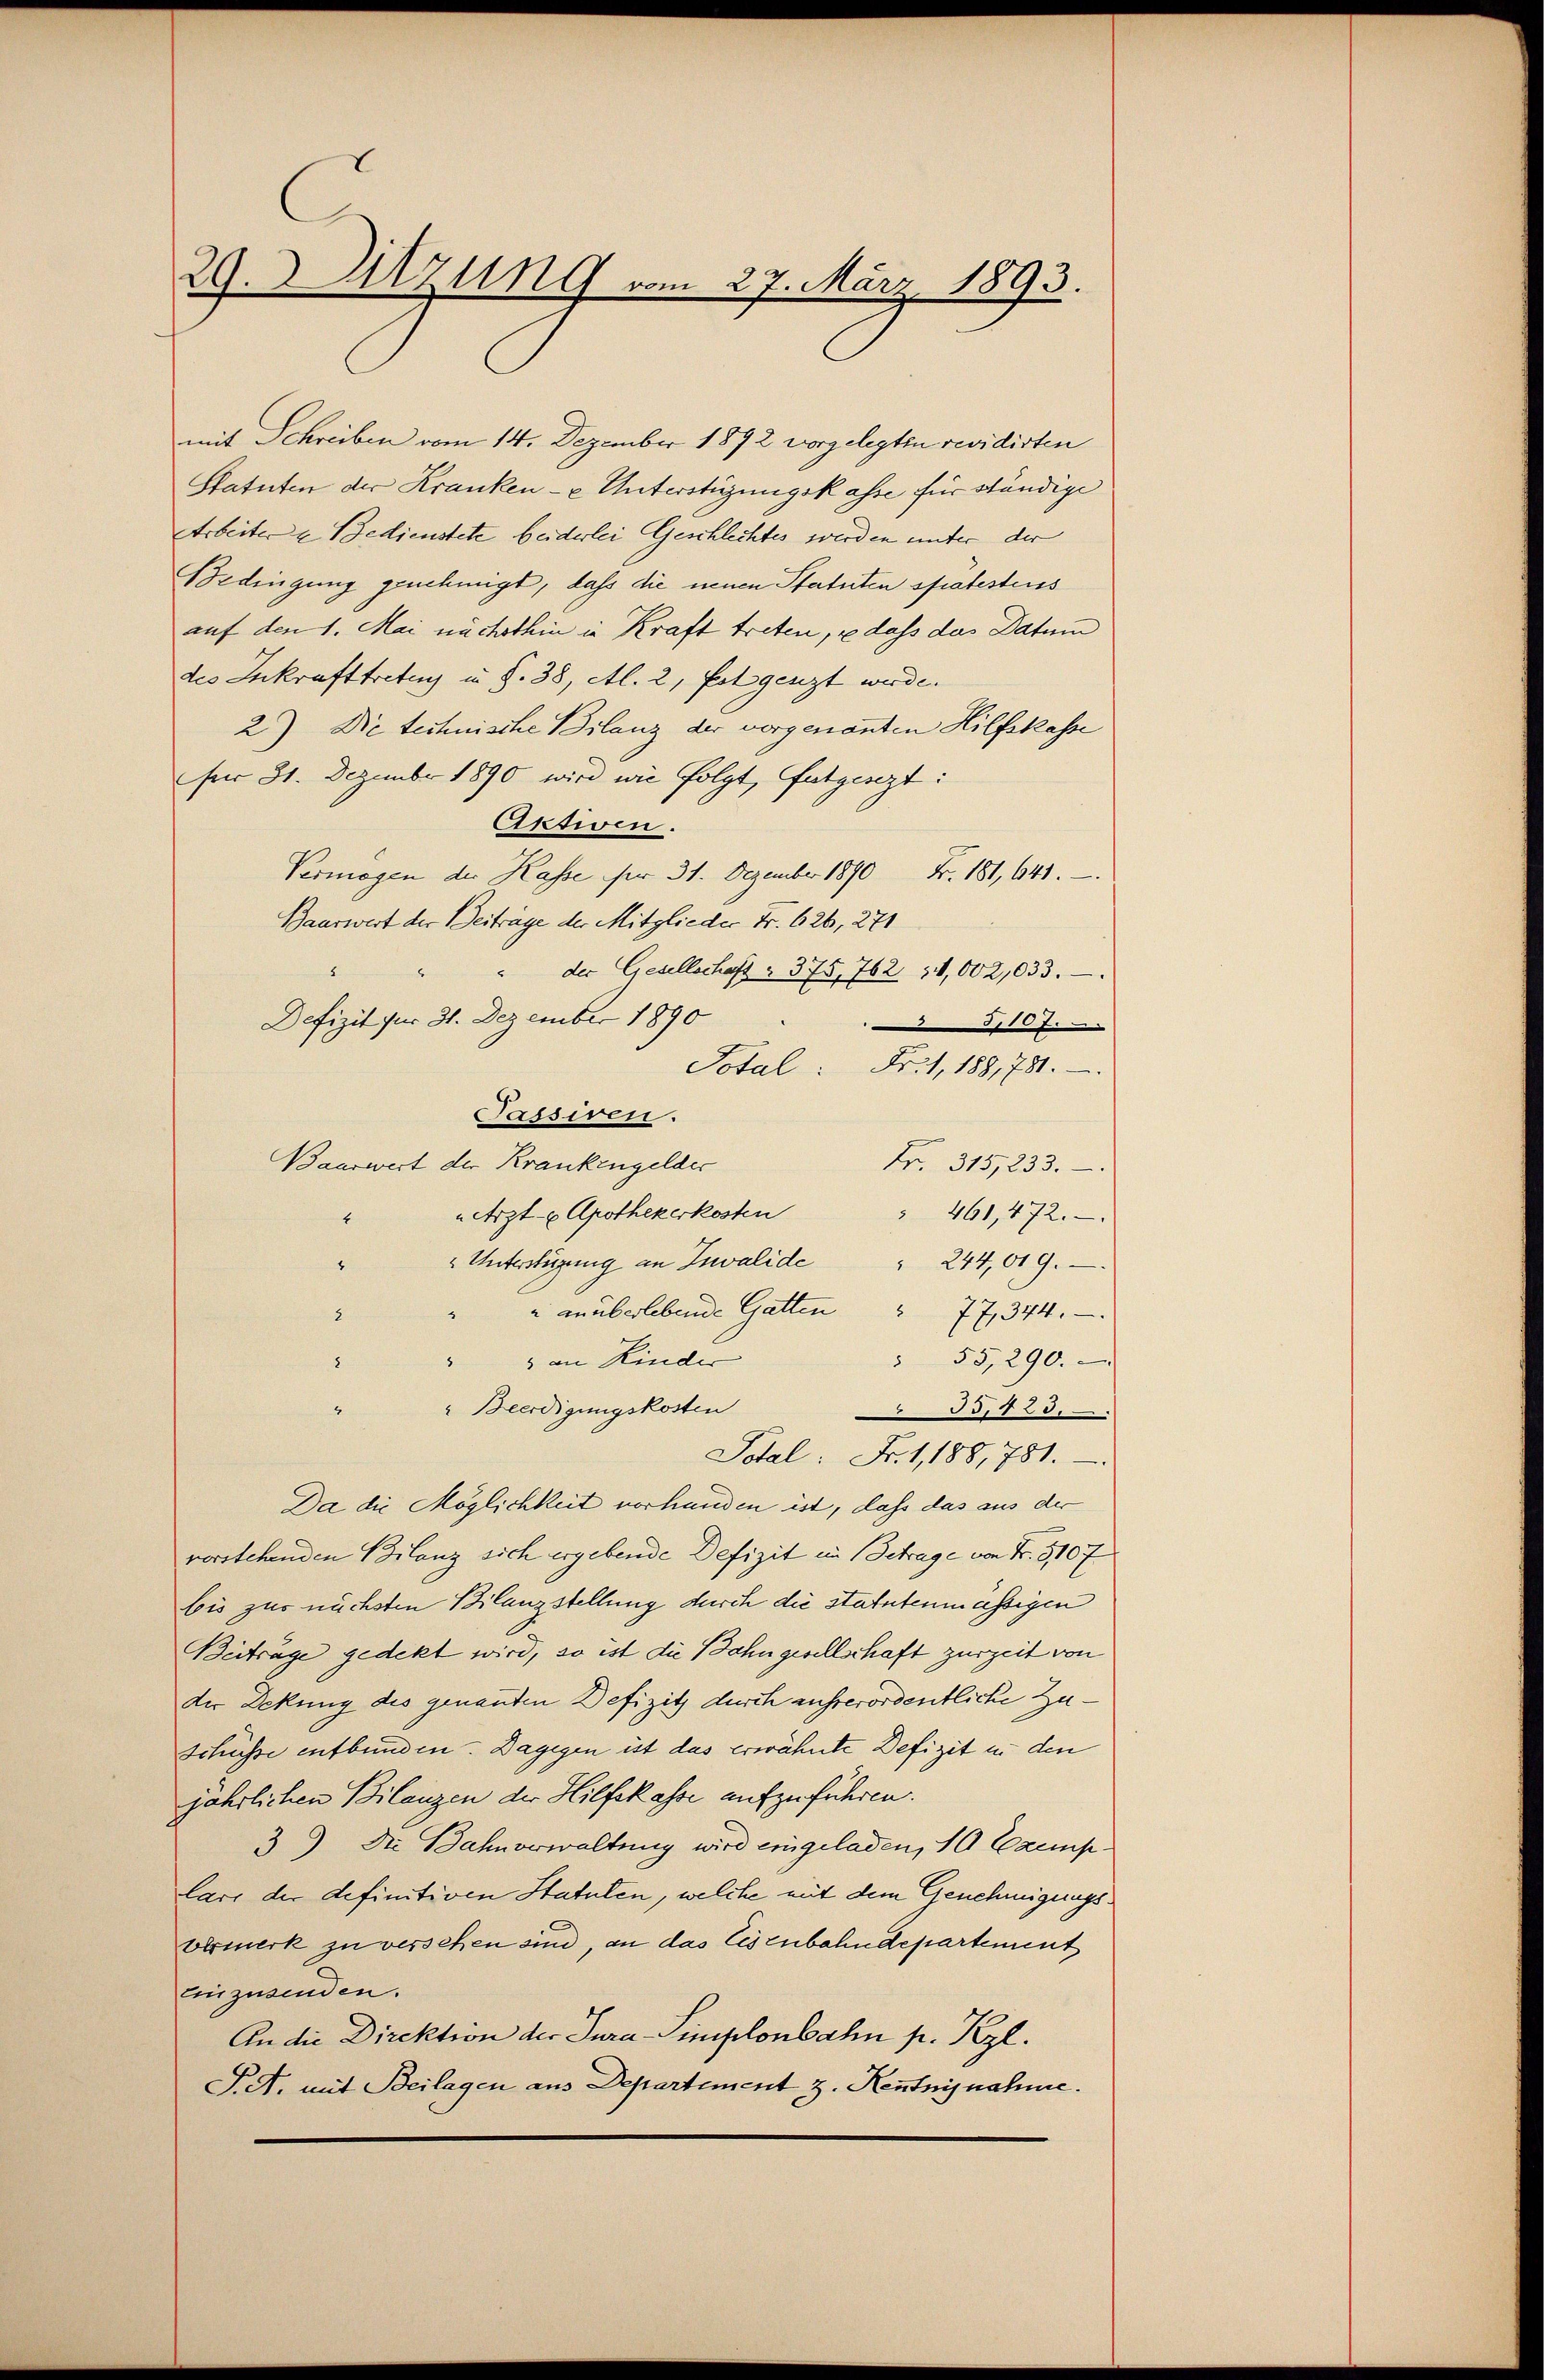
29. Sitzung vom 27. März 1893.

mit Schreiben vom 14. Dezember 1892 vorgelegten revidirten
Statuten der Kranken- u Unterstüzungskasse für ständige
Arbeiter & Bedienstete beiderlei Geschlechtes werden unter der
Bedingung genehmigt, dass die neuen Statuten spätesteres
auf den 1. Mai nächsthin in Kraft treten, u dass das Datum
des Inkrafttreten u. S. 38, Al. 2, folgenzt werde.
2) Die technische Bilanz der vorgenannten Hilfskasse
für 31. Dezember 1890 wird wie folgt, futgenzt:
Aktiven.
Vermögen der Kasse für 31. Dezember 1890 Fr. 181, 641.
Baaswert der Beitrage der Mitglieder Fr. 626, 271
" der Gesellschaft . 375, 762. 14,002,033.
.
Defizit für 31. Dezember 1890
d
Total: Fr. 1, 188,781.
Passiren.
Bauswert der Krankengelder
Nr. 315, 233.
„Arzt- u Apothekerkosten
 461,472.
1
" Unterstüzung an Invalide " 244,019.
.
" unüberlebende Gatten " 77, 344.
2
 55, 290.
" an Kinder
8
" Beerdigungskosten
85725.
2
Total: Fr. 1, 188, 781.
Da die Möglichkeit vorhanden ist, daß das aus der
vorstehenden Bilanz sich ergebende Defizit in Betrage von Fr. 310 f
bis zur nächsten Bilanzstellung durch die statutenmässigen
Beiträge gedekt wird, so ist die Bahngesellschaft zurzeit von
der Deckung des genanten Defizit durch ausverordentliche Zu¬
Schüsse entbunden. Dagegen ist das erwähnte Defizit in den
jährlichen Bilanzen der Hilfskasse aufzuführen.
39) Die Bahnverwaltung wird eingeladen, 10 Exemp
lars der definitiven Statuten, welche mit dem Genehmigungsvermerk zu versehen sind, an das Eisenbahndepartement
Einzusenden.
An die Direktion der Jura-Simplonbahn p. Kzl.
P.A. mit Beilagen aus Departement z. Kenntnisnahme.